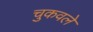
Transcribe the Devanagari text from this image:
चुकवले